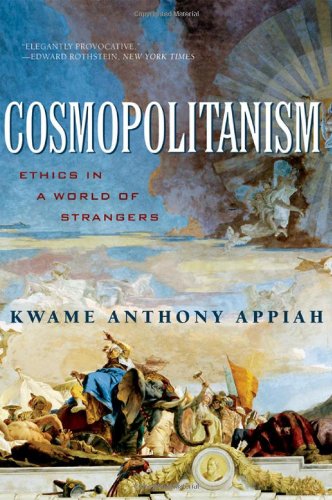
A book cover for Cosmopolitanism: Ethics in a World of Strangers (Issues of Our Time); Kwame Anthony Appiah; Politics & Social Sciences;